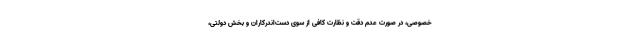
خصوصی، در صورت عدم دقت و نظارت کافی از سوی دست‌اندرکاران و بخش دولتی،